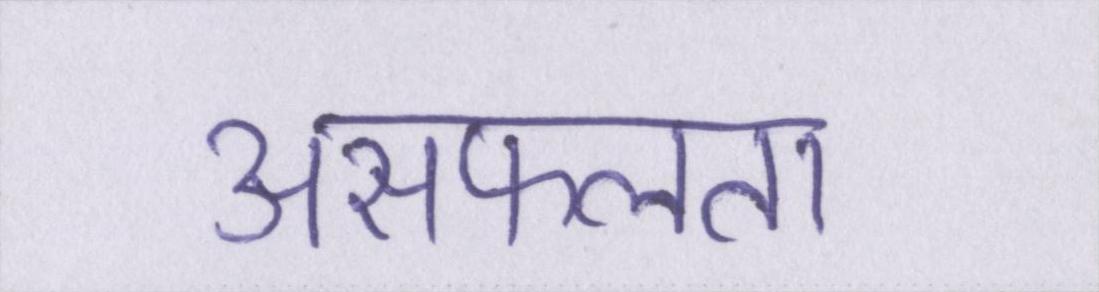
असफलता